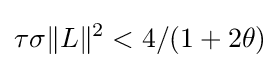
\tau \sigma \lVert L\rVert ^{2}<4/(1+2\theta )